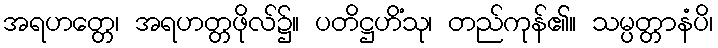
အရဟတ္တေ၊ အရဟတ္တဖိုလ်၌။ ပတိဋ္ဌဟိံသု၊ တည်ကုန်၏။ သမ္ပတ္တာနံပိ၊